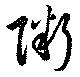
粥